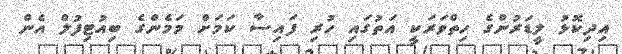
އިދިކޮޅު ލީޑަރުންގެ ހިތްވަރަކީ އަތުގައި ހުރި ފައިސާ ކަމަށް މަމެންގެ ބިއުޓިފުލް އެން